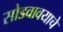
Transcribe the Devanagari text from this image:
सोडवावयाचे